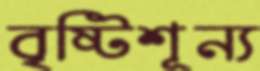
বৃষ্টিশূন্য